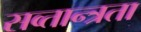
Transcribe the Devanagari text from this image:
सव्तान्त्रता